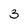
Character: 3